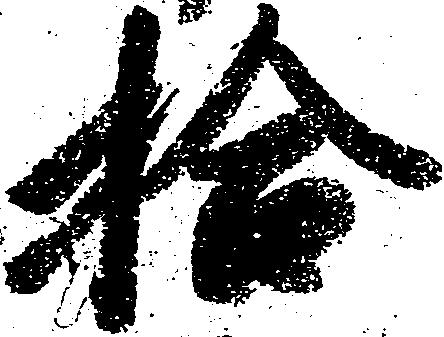
拾